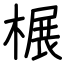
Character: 榐